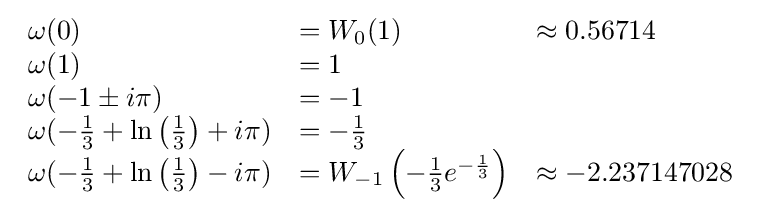
{\begin{array}{lll}\omega (0)&=W_{0}(1)&\approx 0.56714\\\omega (1)&=1&\\\omega (-1\pm i\pi )&=-1&\\\omega (-{\frac {1}{3}}+\ln \left({\frac {1}{3}}\right)+i\pi )&=-{\frac {1}{3}}&\\\omega (-{\frac {1}{3}}+\ln \left({\frac {1}{3}}\right)-i\pi )&=W_{-1}\left(-{\frac {1}{3}}e^{-{\frac {1}{3}}}\right)&\approx -2.237147028\\\end{array}}